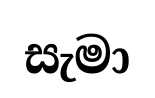
සැමා